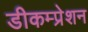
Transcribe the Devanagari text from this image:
डीकम्प्रेशन